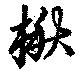
楸